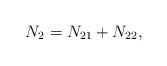
LaTeX: \begin{align*}N_{2}=N_{21}+N_{22},\end{align*}